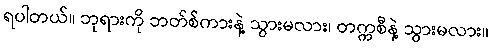
ရပါတယ်။ ဘုရားကို ဘတ်စ်ကားနဲ့ သွားမလား၊ တက္ကစီနဲ့ သွားမလား။